Civil Veterinary Department Bihar & Orissa reports 1922-29 - 1922-1929
Year: 1922
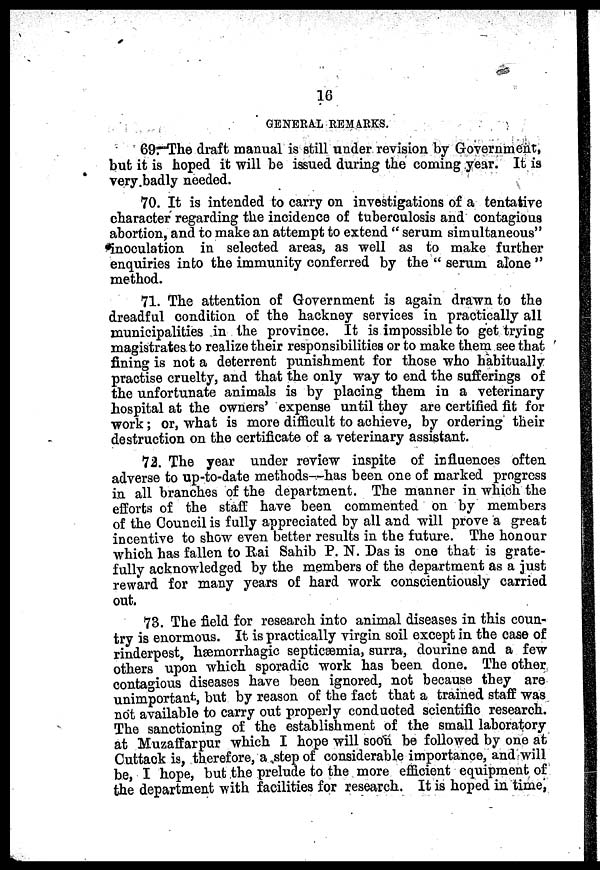
16
GENERAL REMARKS.
69. The draft manual is still under revision by Government,
but it is hoped it will be issued during the coming year. It is
very badly needed.
70. It is intended to carry on investigations of a tentative
character regarding the incidence of tuberculosis and contagious
abortion, and to make an attempt to extend " serum simultaneous"
inoculation in selected areas, as well as to make further
enquiries into the immunity conferred by the " serum alone "
method.
71. The attention of Government is again drawn to the
dreadful condition of the hackney services in practically all
municipalities in the province. It is impossible to get trying
magistrates to realize their responsibilities or to make them see that
fining is not a deterrent punishment for those who habitually
practise cruelty, and that the only way to end the sufferings of
the unfortunate animals is by placing them in a veterinary
hospital at the owners' expense until they are certified fit for
work; or, what is more difficult to achieve, by ordering their
destruction on the certificate of a veterinary assistant.
72. The year under review inspite of influences often
adverse to up-to-date methods—has been one of marked progress
in all branches of the department. The manner in which the
efforts of the staff have been commented on by members
of the Council is fully appreciated by all and will prove a great
incentive to show even better results in the future. The honour
which has fallen to Rai Sahib P. N. Das is one that is grate-
fully acknowledged by the members of the department as a just
reward for many years of hard work conscientiously carried
out.
73. The field for research into animal diseases in this coun-
try is enormous. It is practically virgin soil except in the case of
rinderpest, hæmorrhagic septicæmia, surra, dourine and a few
others upon which sporadic work has been done. The other
contagious diseases have been ignored, not because they are
unimportant, but by reason of the fact that a trained staff was
not available to carry out properly conducted scientific research.
The sanctioning of the establishment of the small laboratory
at Muzaffarpur which I hope will soon be followed by one at
Cuttack is, therefore, a step of considerable importance, and will
be, I hope, but the prelude to the more efficient equipment of
the department with facilities for research. It is hoped in time,